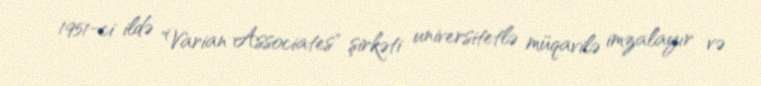
1951-ci ildə "Varian Associates" şirkəti universitetlə müqavilə imzalayır və